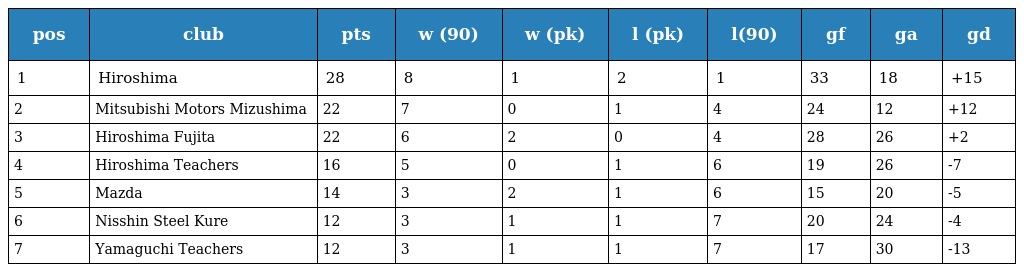
| pos | club | pts | w (90) | w (pk) | l (pk) | l(90) | gf | ga | gd |
 | --- | --- | --- | --- | --- | --- | --- | --- | --- | --- |
 | 1 | Hiroshima | 28 | 8 | 1 | 2 | 1 | 33 | 18 | +15 |
 | 2 | Mitsubishi Motors Mizushima | 22 | 7 | 0 | 1 | 4 | 24 | 12 | +12 |
 | 3 | Hiroshima Fujita | 22 | 6 | 2 | 0 | 4 | 28 | 26 | +2 |
 | 4 | Hiroshima Teachers | 16 | 5 | 0 | 1 | 6 | 19 | 26 | -7 |
 | 5 | Mazda | 14 | 3 | 2 | 1 | 6 | 15 | 20 | -5 |
 | 6 | Nisshin Steel Kure | 12 | 3 | 1 | 1 | 7 | 20 | 24 | -4 |
 | 7 | Yamaguchi Teachers | 12 | 3 | 1 | 1 | 7 | 17 | 30 | -13 |